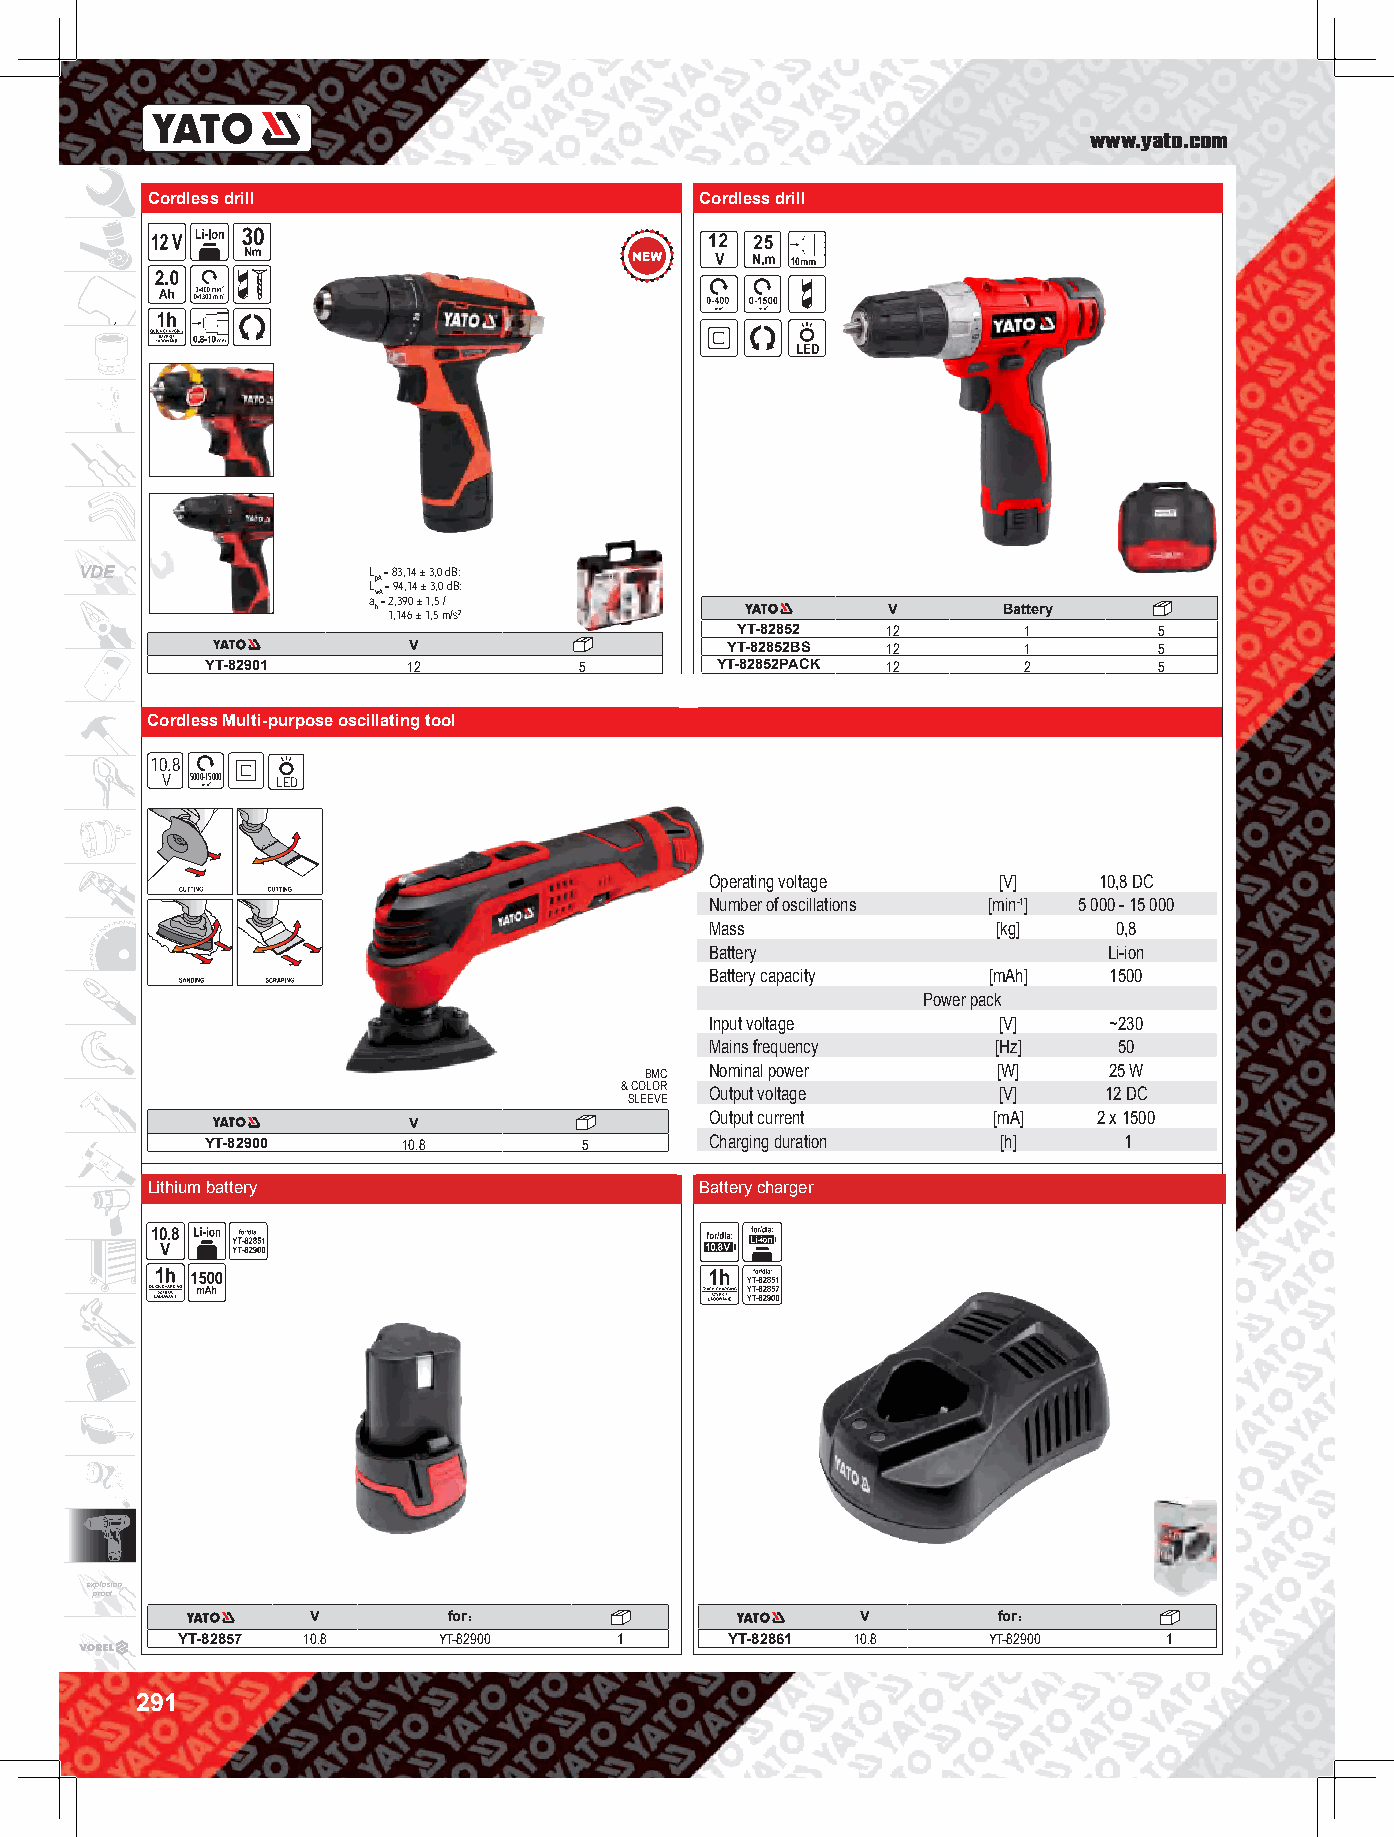
www.yato.com
 Cordless drill                      Cordless drill
 VDE                L = 83,14 ± 3,0 dB;
 pA
 L = 94,14 ± 3,0 dB;
 wA
 a = 2,390 ± 1,5 /
 h 1,146 ± 1,5 m/s2                V      Battery
 YT-82852  12       1        5
 V                    YT-82852BS 12       1        5
 YT-82901     12         5        YT-82852PACK 12      2        5
 Cordless Multi-purpose oscillating tool
 10.8
 V 5000-15000 LED
 Operating voltage  [V]    10,8 DC
 Number of oscillations [min-1] 5 000 - 15 000
 Mass               [kg]    0,8
 Battery                   Li-ion
 Battery capacity  [mAh]   1500
 Power pack
 Input voltage      [V]    ~230
 Mains frequency    [Hz]    50
 BMC Nominal power      [W]    25 W
 & COLOR Output voltage   [V]    12 DC
 SLEEVE
 Output current     [mA]   2 x 1500
 V
 YT-82900     10.8        5       Charging duration  [h]     1
 Lithium battery                     Battery charger
 explosion
 proof
 V        for：                       V        for：
 YT-82857 10.8    YT-82900    1      YT-82861 10.8    YT-82900    1
 291